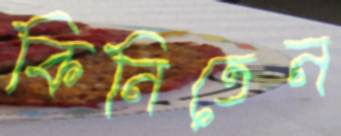
কিনিতেন